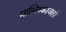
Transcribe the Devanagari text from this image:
मल्लिकाजहाँ